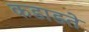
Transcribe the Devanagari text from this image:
कडाडते